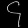
Digit: ၄